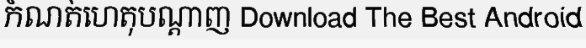
កំណត់ហេតុបណ្តាញ Download The Best Android